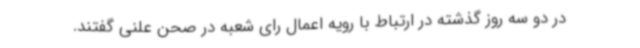
در دو سه روز گذشته در ارتباط با رویه اعمال رای شعبه در صحن علنی گفتند.